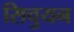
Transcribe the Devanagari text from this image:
सिचुयन